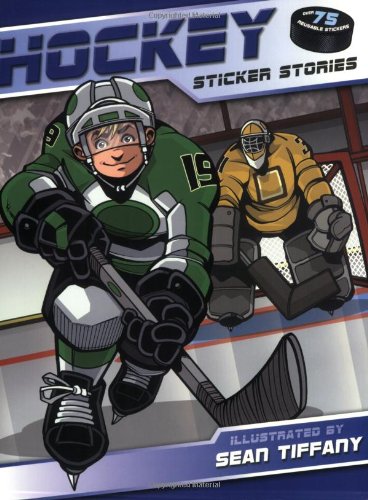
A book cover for Hockey (Sticker Stories); Children's Books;